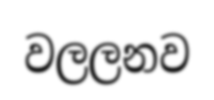
වලලනව